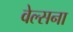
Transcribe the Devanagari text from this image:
वेल्सना